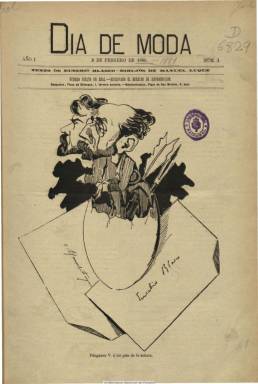
Título: Día de moda
Colección: Literatura
Ámbito geográfico: Madrid
Lugar de publicación: Madrid
Fechas: 09/02/1880-17/01/1881

Semanario literario ilustrado, fundado y dirigido por el prolífico escritor y periodista de origen aragonés Eusebio Blasco y Soler (1844-1903), creador del género bufo en teatro, a quien le acompaña en esta empresa editorial como dibujante, el calígrafo y pintor de origen almeriense Manuel Luque de Soria (1854-1918). Comienza a publicarse el nueve de febrero de 1880, saliendo cada lunes, en números de ocho páginas, que más tarde aumenta a dieciséis.

Casi la totalidad de los contenidos de sus primeras entregas son de carácter humorístico y satírico, abundando los numerosísimos dibujos, retratos y caricaturas (de tipos o de personajes), viñetas, chistes y “monos” cómicos, del que es autor Luque; a la vez que la mayor parte de sus textos, tanto en prosa (sueltos, breves comentarios, diálogos, etc.) parecen salir también sólo de la pluma de Blasco.

Más adelante, disminuyen las ilustraciones, aunque mantiene casi siempre su portada con un grabado, y aumenta el contenido literario, y a los de su codirector se sumarán los textos de un buen número de publicistas, entre los que se encuentran Joaquín Marsillach, Pedro María Barrera, R. Sánchez Pastor, Francisco Flores García, Manuel Reina, Enrique Sepúlveda, Ángel del Palacio, Manuel Matoses, Pedro Bofill, Luis Vidart, Sofía Pérez Casanova o Fernando Soldevilla, entre otros.

Cada número comienza con la sección Conversación, y tiene otras bajo los epígrafes Álbum (en verso) o Frases y cosas. Además de sus textos de creación, tanto en prosa como en verso, y de índole costumbrista y social, alejados de la política u otras materias controvertidas, inserta también semblanzas biográficas, crónicas literarias y culturales, charadas, jeroglíficos, epigramas, y en su última página, anuncios comerciales.

La colección de la Biblioteca Nacional de España alcanza hasta el número 50, correspondiente al 17 de enero de 1881, que formaría un primer tomo anual. Aunque Blasco indica la continuación del semanario, probablemente dejó de publicarse en esa fecha. Ello coincidirá con la marcha de Luque a París, en donde desarrollará una destacadísima carrera artística y se convertiría en uno de los ilustradores, como caricaturista político, de importantes revistas satíricas parisinas, y en donde, como pintor y grabador, será uno de los amigos de Henri de Toulouse-Lautrec y uno de los grandes creadores artísticos de la iconografía de los primeros poetas simbolistas franceses.